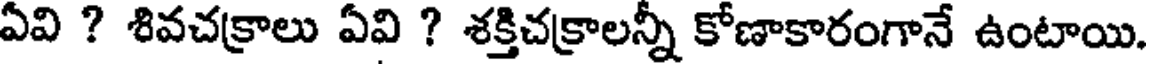
ఏవి ? శివచక్రాలు ఏవి ? శక్తిచక్రాలన్నీ కోణాకారంగానే ఉంటాయి.